Vaccine operations Central Provinces 1868-1885 - 1868-1885
Year: 1868
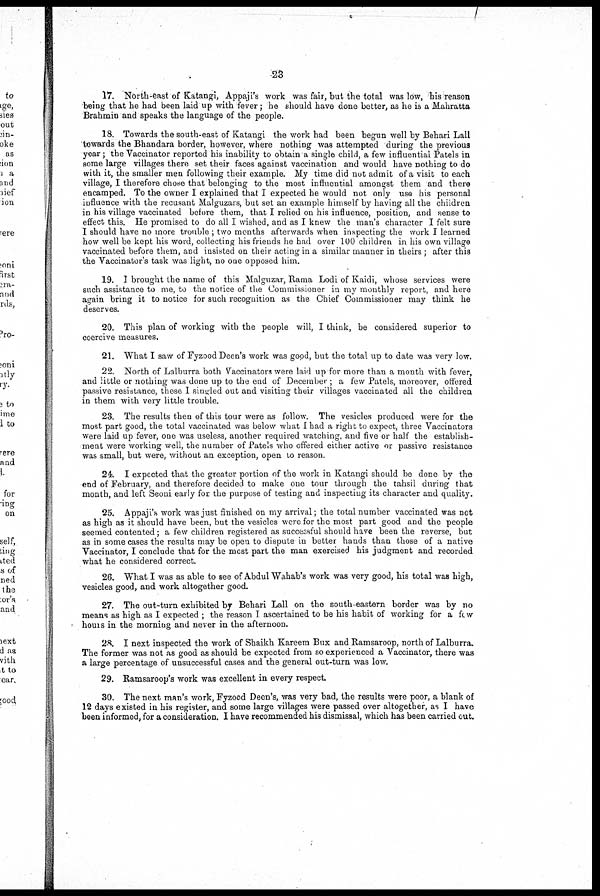
23
17. North-east of Katangi, Appaji's work was fair, but the total was low, his reason
being that he had been laid up with fever; he should have done better, as he is a Mahratta
Brahmin and speaks the language of the people.
18. Towards the south-east of Katangi the work had been begun well by Behari Lall
towards the Bhandara border, however, where nothing was attempted during the previous
year; the Vaccinator reported his inability to obtain a single child, a few influential Patels in
some large villages there set their faces against vaccination and would have nothing to do
with it, the smaller men following their example. My time did not admit of a visit to each
village, I therefore chose that belonging to the most influential amongst them and there
encamped. To the owner I explained that I expected he would not only use his personal
influence with the recusant Malguzars, but set an example himself by having all the children
in his village vaccinated before them, that I relied on his influence, position, and sense to
effect this. He promised to do all I wished, and as I knew the man's character I felt sure
I should have no more trouble ; two months afterwards when inspecting the work I learned
how well be kept his word, collecting his friends he had over 100 children in his own village
vaccinated before them, and insisted on their acting in a similar manner in theirs ; after this
the Vaccinator's task was light, no one opposed him.
19. I brought the name of this Malguzar, Rama Lodi of Kaidi, whose services were
such assistance to me, to the notice of the Commissioner in my monthly report, and here
again bring it to notice for such recognition as the Chief Commissioner may think he
deserves.
20. This plan of working with the people will, I think, be considered superior to
coercive measures.
21. What I saw of Fyzood Deen's work was good, but the total up to date was very low.
22. North of Lalburra both Vaccinators were laid up for more than a month with fever,
and little or nothing was done up to the end of December ; a few Patels, moreover, offered
passive resistance, these I singled out and visiting their villages vaccinated all the children
in them with very little trouble.
23. The results then of this tour were as follow. The vesicles produced were for the
most part good, the total vaccinated was below what I had a right to expect, three Vaccinators
were laid up fever, one was useless, another required watching, and five or half the establish-
ment were working well, the number of Patels who offered either active or passive resistance
was small, but were, without an exception, open to reason.
24. I expected that the greater portion of the work in Katangi should be done by the
end of February, and therefore decided to make one tour through the tahsil during that
month, and left Seoni early for the purpose of testing and inspecting its character and quality.
25. Appaji's work was just finished on my arrival; the total number vaccinated was not
as high as it should have been, but the vesicles were for the most part good and the people
seemed contented; a few children registered as successful should have been the reverse, but
as in some cases the results may be open to dispute in better hands than those of a native
Vaccinator, I conclude that for the most part the man exercised his judgment and recorded
what he considered correct.
26. What I was as able to see of Abdul Wahab's work was very good, his total was high,
vesicles good, and work altogether good.
27. The out-turn exhibited by Behari Lall on the south-eastern border was by no
means as high as I expected ; the reason I ascertained to be his habit of working for a few
hours in the morning and never in the afternoon.
28. I next inspected the work of Shaikh Kareem Bux and Ramsaroop, north of Lalburra.
The former was not as good as should be expected from so experienced a Vaccinator, there was
a large percentage of unsuccessful cases and the general out-turn was low.
29. Ramsaroop's work was excellent in every respect.
30. The next man's work, Fyzood Deen's, was very bad, the results were poor, a blank of
12 days existed in his register, and some large villages were passed over altogether, as I have
been informed, for a consideration. I have recommended his dismissal, which has been carried out.